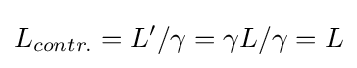
L_{contr.}=L'/\gamma =\gamma L/\gamma =L